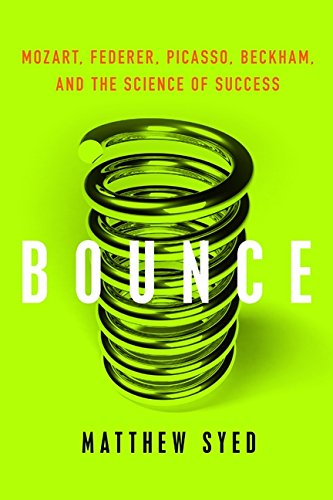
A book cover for Bounce: Mozart, Federer, Picasso, Beckham, and the Science of Success; Matthew Syed; Business & Money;